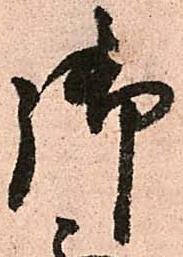
御